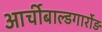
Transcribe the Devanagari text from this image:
आर्चीबाल्डगार्रोड़